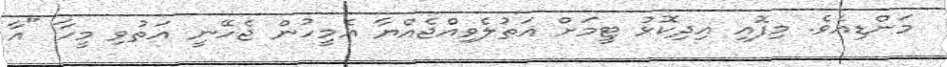
މަންޑިއެވެ. މިފޮއި އިދިކޮޅު ޓީމަށް އަތުލެވިއްޖެއްޔާ އެމީހުން ޖެހޭނީ އަތުވި މީހާ "އާ